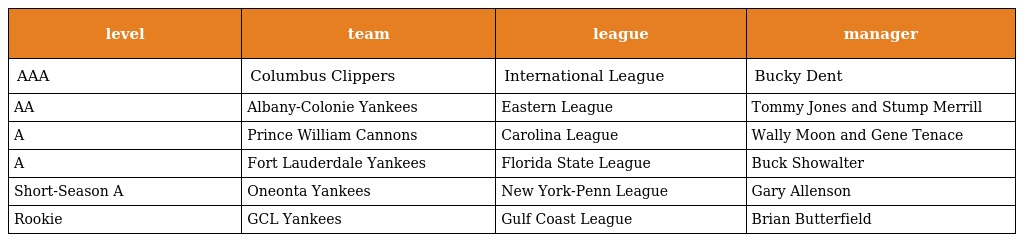
| level | team | league | manager |
 | --- | --- | --- | --- |
 | AAA | Columbus Clippers | International League | Bucky Dent |
 | AA | Albany-Colonie Yankees | Eastern League | Tommy Jones and Stump Merrill |
 | A | Prince William Cannons | Carolina League | Wally Moon and Gene Tenace |
 | A | Fort Lauderdale Yankees | Florida State League | Buck Showalter |
 | Short-Season A | Oneonta Yankees | New York-Penn League | Gary Allenson |
 | Rookie | GCL Yankees | Gulf Coast League | Brian Butterfield |